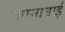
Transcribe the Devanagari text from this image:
जानाबाई